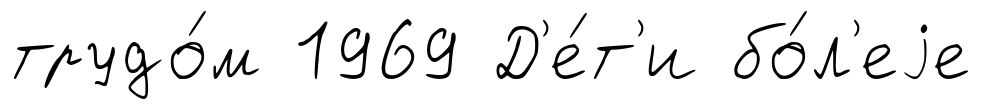
трудо́м 1969 Д'е́т'и бо́л'еjе